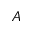
A